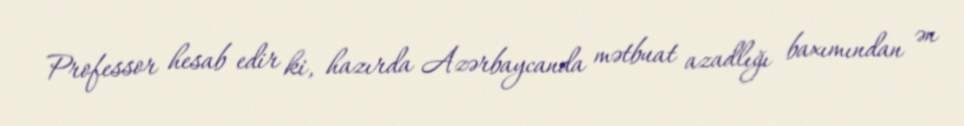
Professor hesab edir ki, hazırda Azərbaycanda mətbuat azadlığı baxımından ən